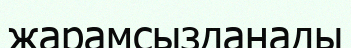
жарамсызданады